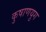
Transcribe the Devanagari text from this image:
कुषाणयुग